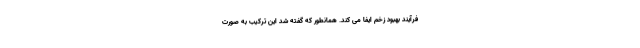
فرآیند بهبود زخم ایفا می کند. همانطور که گفته شد این ترکیب به صورت